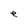
Character: e